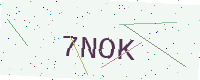
Text: 7NOK